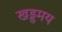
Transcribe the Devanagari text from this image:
खड्डमय